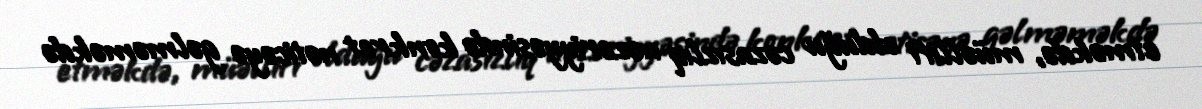
etməkdə, müəllifi olduğu cəzasızlıq nəzəriyyəsində konkret nəticəyə gəlməməkdə